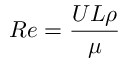
R e = \frac { U L \rho } { \mu }